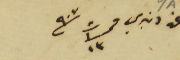
عن دنبري فى ١٣ ت١ /٩٠٧